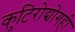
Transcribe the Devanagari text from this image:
कुटिरोद्योगही